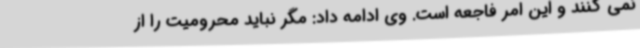
نمی کنند و این امر فاجعه است. وی ادامه داد: مگر نباید محرومیت را از